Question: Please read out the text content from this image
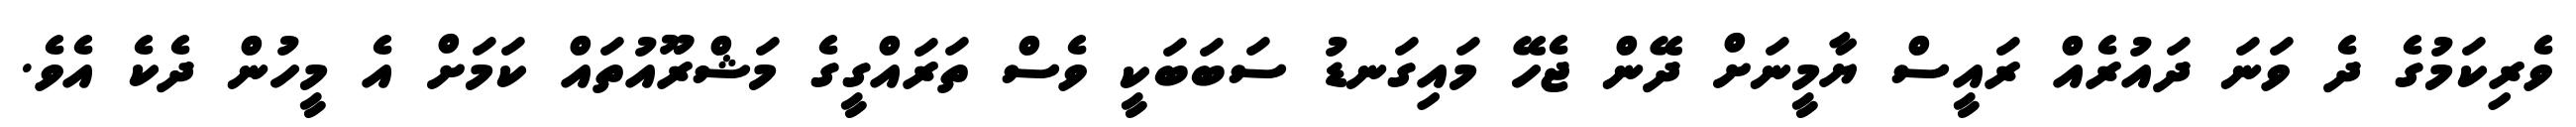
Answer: ވެރިކަމުގެ ދެ ވަނަ ދައުރެއް ރައީސް ޔާމީނަށް ދޭން ޖެހޭ މައިގަނޑު ސަބަބަކީ ވެސް ތަރައްގީގެ މަޝްރޫއުތައް ކަމަށް އެ މީހުން ދެކެ އެވެ.